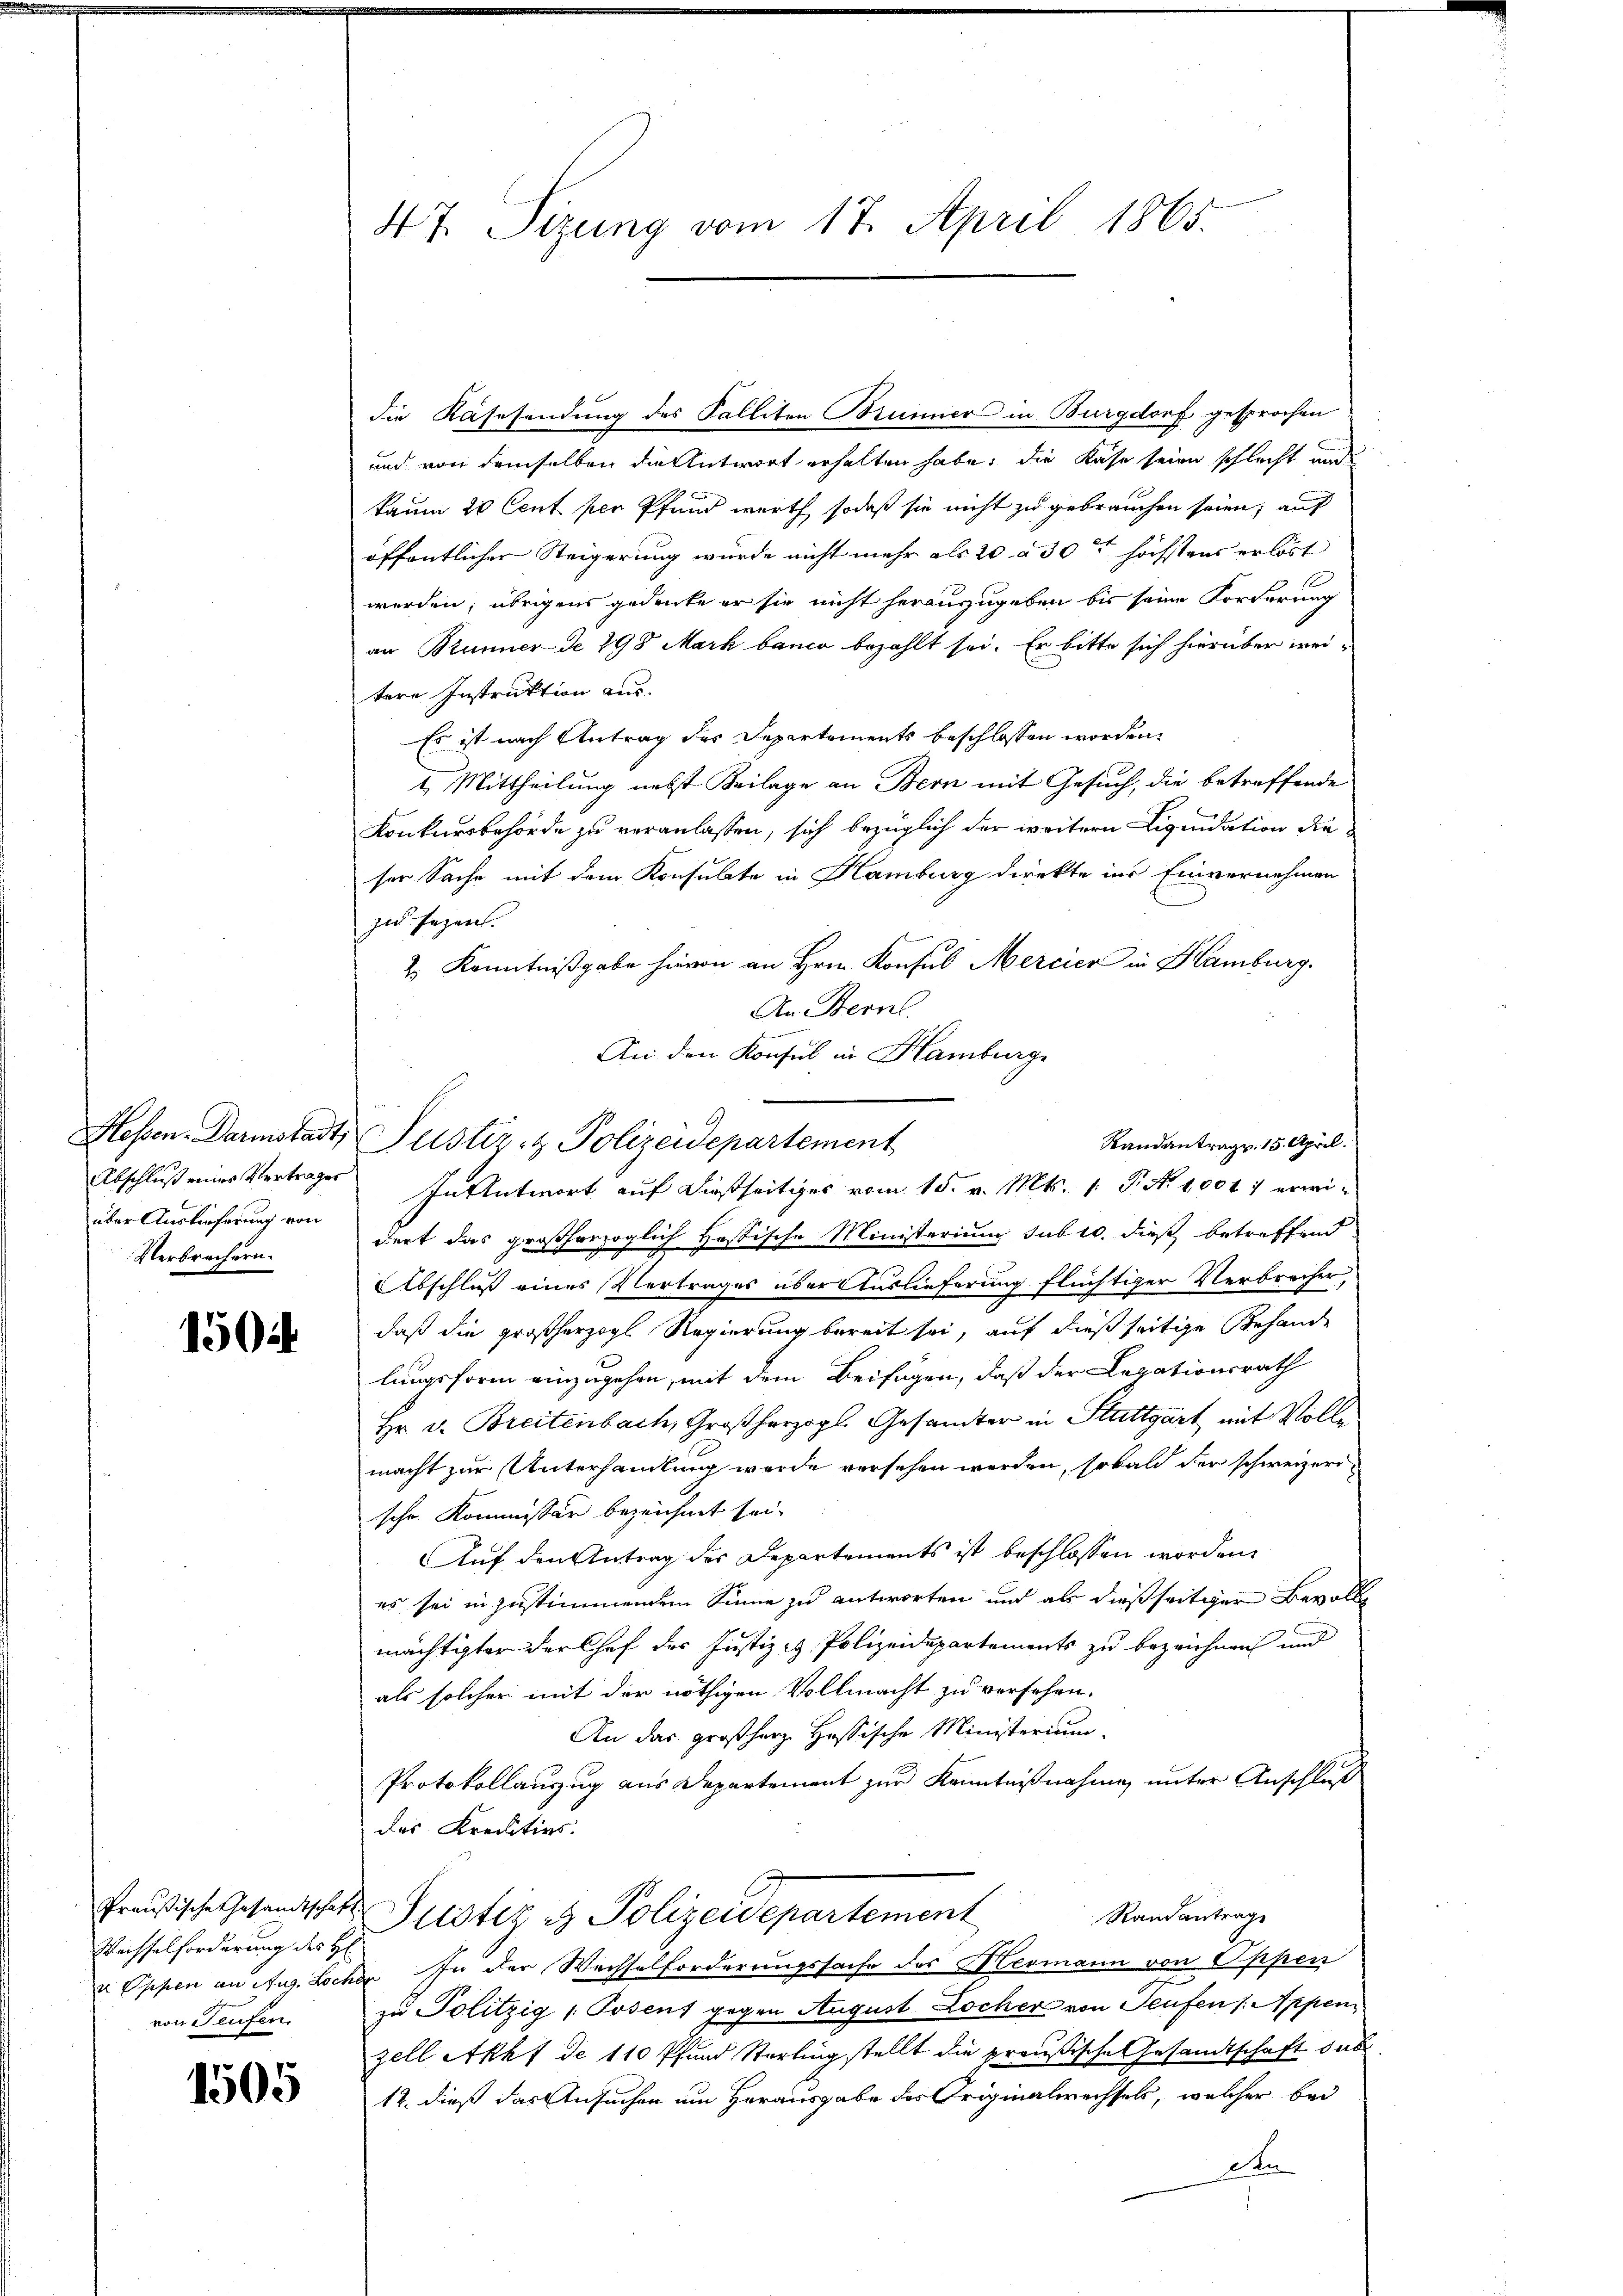
über Auslieferung von
Verbrechern.

1502

Weisselforderung des H
von Teufen.

1505

die Kassendung des Falliten Brunner in Burgdorf gesprochen
und von demselben die Antwort erhalten habe; die Kase seien schlecht und
kaum 20 Cent per Pfand werth sodaß sie nicht zu gebrauchen seien; auf
öffentlicher Steigerung wurde nicht mehr als 20 à 30t höchstens erlöst
werden; übrigens gedenke er sie nicht heranzugeben bis seine Forderung
an Brunner de 298 Mark banco bezahlt sei. Er bitte sich hierüber weitere Instruktion aus.
Es ist nach Antrag des Departements beschlossen worden.
I. Mittheilung nebst Beilage an Bern mit Gesuch, die betreffende
Konkursbehörde zu veranlassen, sich bezüglich der weitere Liquidation die
ser Sache mit dem Konsulate in Hamburg direkte ins Einvernehmen
zu sezen.
2.) Kenntnißgabe hievon an Hrn. Konsul Mercier in Hamburg.
An Bern.
An den Konsul in Hamburge
Randantrag. 15. April.
Abschluß eines Vertrages In Antwort auf dießseitiges vom 15. v. Mts. 1. P. Nr. 10047 erwidert das großherzoglich Hastische Ministerium sub 10. dieß betreffend
Abschluß eines Vertrages über Auslieferung flüchtiger Verbrecher,
daß die großherzogl. Regierung bereit sei, auf dießseitige Behande
lungsform einzugehen, mit dem Beifügen, daß der Legationsrath
Hr. v. Breitenbach, Großherzogl. Gesamter in Stuttgart mit Vollmacht zur Unterhandlung werde versehen werden, sobald der schweizerische Kommissär bezeichnet sei.
Auf den Antrag des Departements ist beschlossen worden.
es sei in zustimmendem Sinne zu antworten und als dießseitiger Bevolle
mächtigter der Chef der Justiz & Polizeidepartements zu bezeichnen und
als solcher mit der nöthigen Vollmacht zu versehen.
An das großherz Hössische Ministerium
Protokollauszug aus Departement zur Kenntnißnahme, unter Anschluß
das Kreisitivs.
fraŭsische Gesandtschaft Justiz & Polizeidepartement
Randantrage
 Oppen an Aug. Lochen In der Wechselforderungssache des Hermann von Oppen
zu Politzig / Posens gegen August Locher von Seufen /: Appen
zell Akht de 110 Pfund Starting stellt die preußische Gesandtschaft dab
12. dieß das Ansuchen um Herausgabe des Originalwechsels, welcher bei
Aen

47. Sizung vom 17. April 1865.

Hessen. Darmstadt, Justiz- & Polizeidepartement